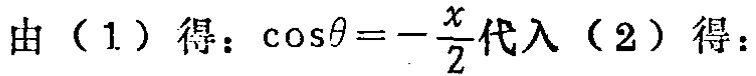
由（1）得：\(\cos\theta = -\frac{x}{2}\)代入（2）得：